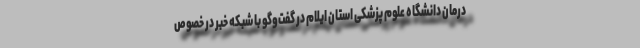
درمان دانشگاه علوم پزشکی استان ایلام در گفت‌وگو با شبکه خبر در خصوص